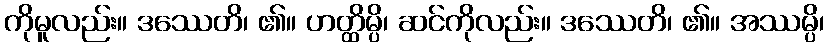
ကိုမူလည်း။ ဒဿေတိ၊ ၏။ ဟတ္ထိမ္ပိ၊ ဆင်ကိုလည်း။ ဒဿေတိ၊ ၏။ အဿမ္ပိ၊